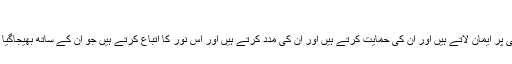
}(الفتح: 9)
نیز اللہ تعالی نے فرمایا:{سو جو لوگ اس نبی پر ایمان لاتے ہیں اور ان کی حمایت کرتے ہیں اور ان کی مدد کرتے ہیں اور اس نور کا اتباع کرتے ہیں جو ان کے ساتھ بھیجاگیا ہے، ایسے لوگ پوری فلاح پانے والے ہیں۔